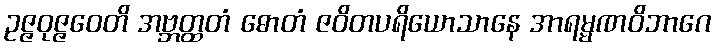
ဥဇ္ဇဝုဇ္ဇဝေတိ အဗ္ဘတ္ထတံ ဓောတံ ဇဝိတပရိယောသာနေ အာရမ္မဏဝိဘာဂေ